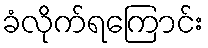
ခံလိုက်ရကြောင်း